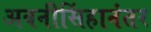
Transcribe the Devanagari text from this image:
अवनीसिंहानंतर